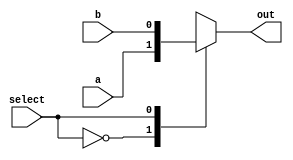

//----------------------------------------------------------------------------
//----------------------------------------------------------------------------
//--  The Free IP Project
//--  Verilog Free-CORDIC Core
//--  (c) 2000, The Free IP Project and Rohit Sharma (srohit@free-ip.com)
//--
//--
//--  FREE IP GENERAL PUBLIC LICENSE
//--  TERMS AND CONDITIONS FOR USE, COPYING, DISTRIBUTION, AND MODIFICATION
//--
//--  1.  You may copy and distribute verbatim copies of this core, as long
//--      as this file, and the other associated files, remain intact and
//--      unmodified.  Modifications are outlined below.
//--  2.  You may use this core in any way, be it academic, commercial, or
//--      military.  Modified or not.
//--  3.  Distribution of this core must be free of charge.  Charging is
//--      allowed only for value added services.  Value added services
//--      would include copying fees, modifications, customizations, and
//--      inclusion in other products.
//--  4.  If a modified source code is distributed, the original unmodified
//--      source code must also be included (or a link to the Free IP web
//--      site).  In the modified source code there must be clear
//--      identification of the modified version.
//--  5.  Visit the Free IP web site for additional information.
//--      http://www.free-ip.com
//--
//----------------------------------------------------------------------------
//----------------------------------------------------------------------------
module BitMux2_1 (out,a,b,select);
        output out;
        input a,b,select;
reg out;

always @ (select or a or b)
	case (select)
		1'b0:  out <= a;
		1'b1:  out <= b;
		default:  out <= b;
	endcase
endmodule //BitMux2_1